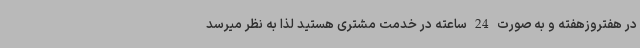
در هفتروزهفته و به صورت 24 ساعته در خدمت مشتری هستید لذا به نظر میرسد